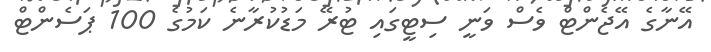
އޭނާގެ އޭޖެންޓް ވެސް ވަނީ ސިޓީގައި ޓުރޭ މަޑުކުރާނެ ކަމުގެ 100 ޕަސެންޓް